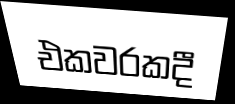
එකවරකදී